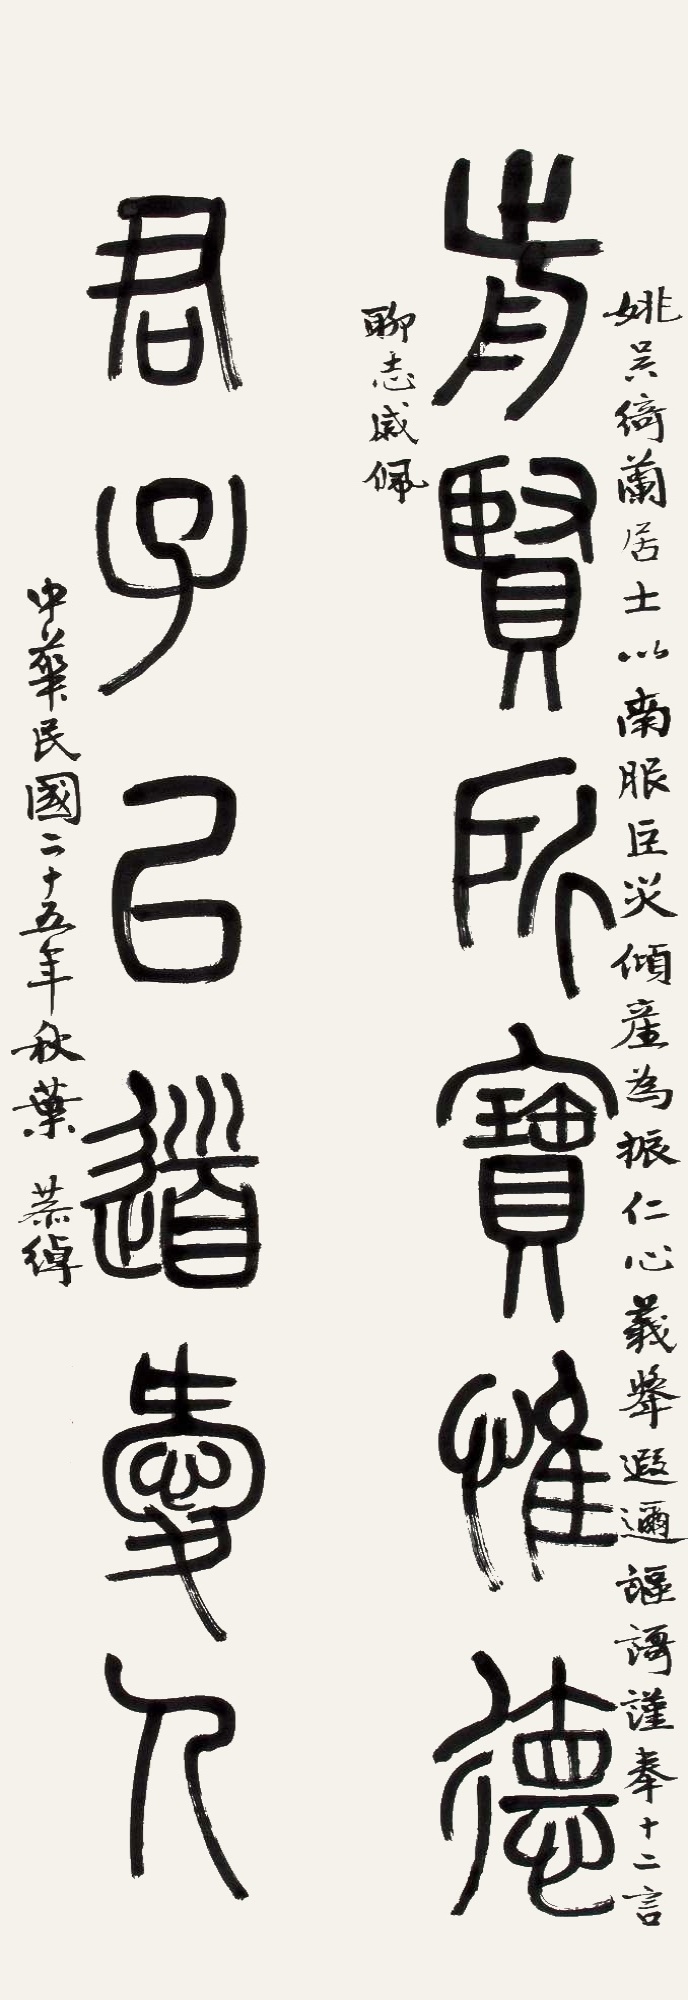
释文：前贤所宝惟德，君子以道爱人。姚吴绮兰居士以南服巨灾，倾产为振，仁心义举，遐迩讴歌，谨奉十二言聊志感佩。中华民国二十五年秋，叶恭绰。